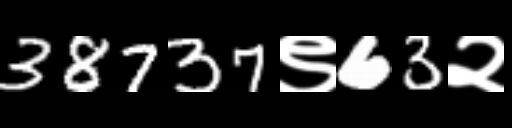
Text: 38737९63२